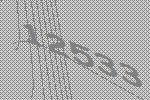
12533